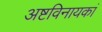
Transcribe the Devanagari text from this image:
अष्टविनायकां